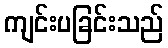
ကျင်းပခြင်းသည်